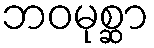
ဘဝမုစ္ဆာ